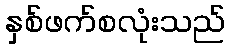
နှစ်ဖက်စလုံးသည်